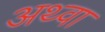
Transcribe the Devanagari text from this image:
अथ्‍वा